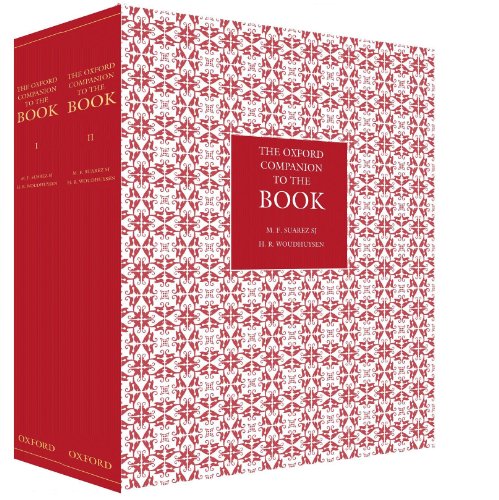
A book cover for The Oxford Companion to the Book; Crafts, Hobbies & Home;